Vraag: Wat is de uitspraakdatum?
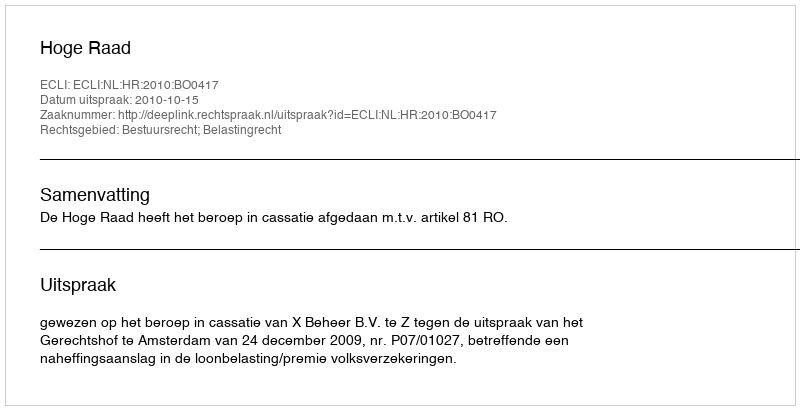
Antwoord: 2010-10-15